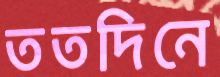
ততদিনে